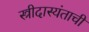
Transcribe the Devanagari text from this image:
स्त्रीदास्यंताची